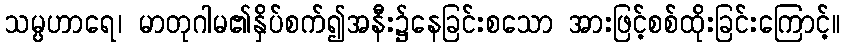
သမ္ပဟာရေ၊ မာတုဂါမ၏နှိပ်စက်၍အနီး၌နေခြင်းစသော အားဖြင့်စစ်ထိုးခြင်းကြောင့်။